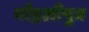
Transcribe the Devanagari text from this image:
मौद्गलीपुत्र